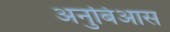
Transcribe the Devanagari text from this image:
अनुबिआस